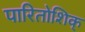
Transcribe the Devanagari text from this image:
पारितोशिक्